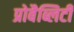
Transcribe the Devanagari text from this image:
प्रोबैब्लिटी